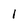
Character: 1